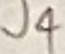
Text: J4